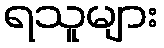
ရသူများ